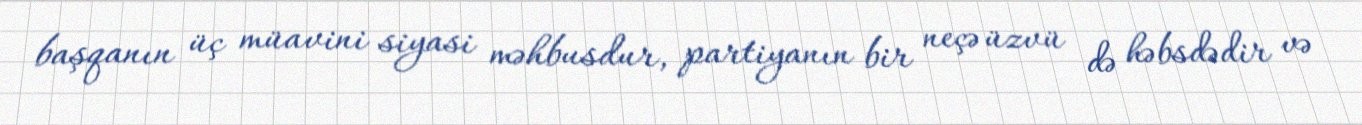
başqanın üç müavini siyasi məhbusdur, partiyanın bir neçə üzvü də həbsdədir və